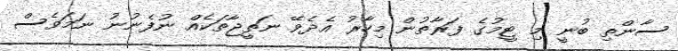
ސާންތި ބުނީ މި ޓީމުގެ ފަރާތުން މިހާރު އެދެވޭ ނަތީޖާތަކެއް ނުފެނުނު ނަމަވެސް